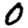
Digit: 0